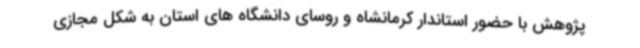
پژوهش با حضور استاندار کرمانشاه و روسای دانشگاه های استان به شکل مجازی